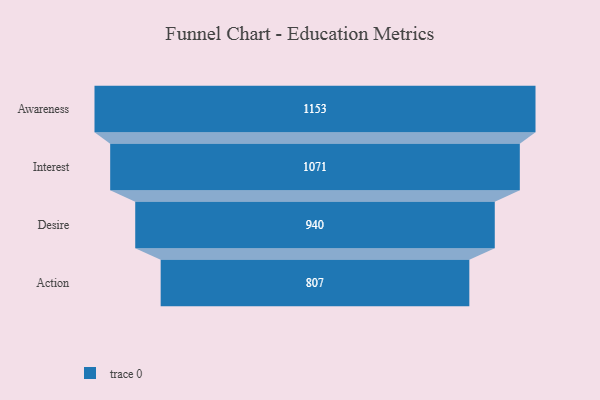
{"axis": {"x": "Stage", "y": "Value"}, "legend": [""], "data": [{"x": "Awareness", "y": 1153.0, "type": ""}, {"x": "Interest", "y": 1071.0, "type": ""}, {"x": "Desire", "y": 940.0, "type": ""}, {"x": "Action", "y": 807.0, "type": ""}]}